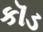
કૉડ